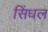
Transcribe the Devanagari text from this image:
सिंधल